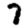
Digit: 7